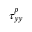
\tau _ { y y } ^ { p }